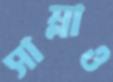
সাম্‌লাও